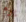
يوم